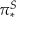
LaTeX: \pi _ { * } ^ { S }